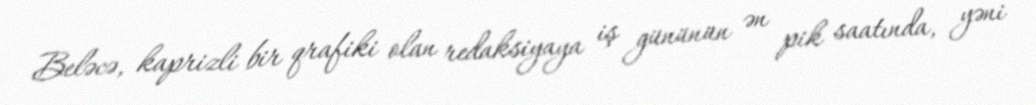
Beləcə, kaprizli bir qrafiki olan redaksiyaya iş gününün ən pik saatında, yəni